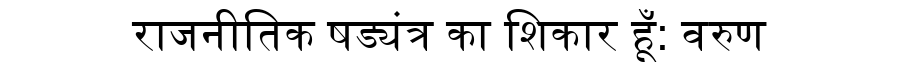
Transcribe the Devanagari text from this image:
राजनीतिक षड्यंत्र का शिकार हूँ: वरुण